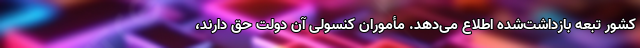
کشور تبعه بازداشت‌شده اطلاع می‌دهد. مأموران کنسولی آن دولت حق دارند،